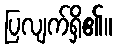
ပြလျက်ရှိ၏။